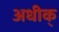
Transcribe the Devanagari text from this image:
अधीक्